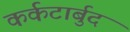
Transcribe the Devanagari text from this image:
कर्कटार्बुद